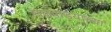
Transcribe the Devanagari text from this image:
राजवाडयाच्या